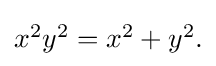
{\textstyle x^{2}y^{2}=x^{2}+y^{2}.}